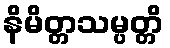
နိမိတ္တသမ္ပတ္တိ